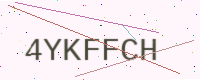
Text: 4YKFFCH